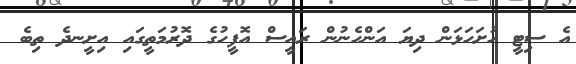
އެ ސިޓީ ހުށަހަޅަން ދިޔަ އަންހެނުން ރައީސް އޮފީހުގެ ދޮރުމަތީގައި އިށީނދެ ތިބެ